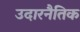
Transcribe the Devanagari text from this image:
उदारनैतिक